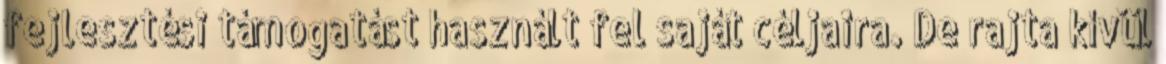
fejlesztési támogatást használt fel saját céljaira. De rajta kívül